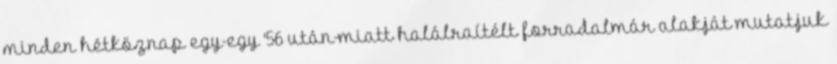
minden hétköznap egy-egy '56 után-miatt halálraítélt forradalmár alakját mutatjuk